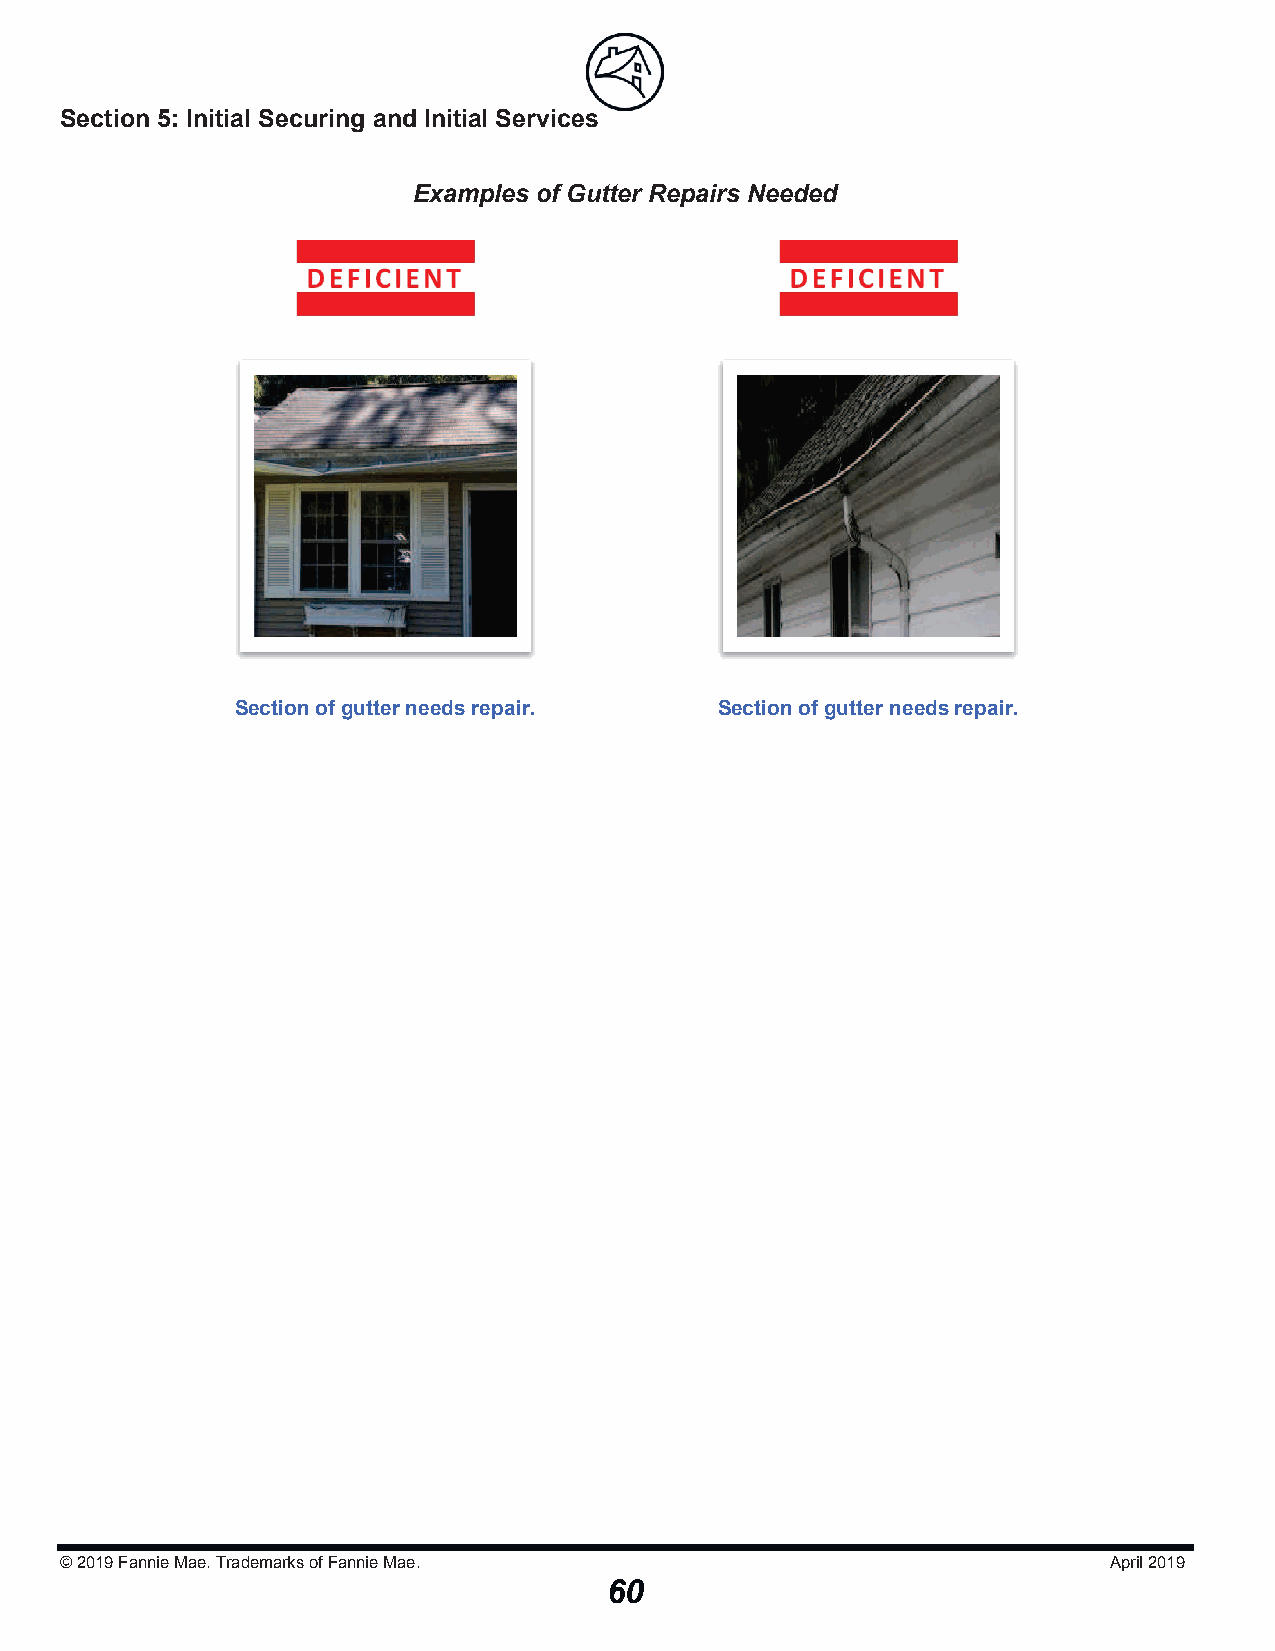
Section 5: Initial Securing and Initial Serviicceess
 Examples of Gutter Repairs Needed
 Section of gutter needs repair. Section of gutter needs repair.
 © 2019Fannie Mae. Trademarks of Fannie Mae.                          April 2019
 60